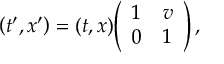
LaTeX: \left( t ^ { \prime } , x ^ { \prime } \right) = ( t , x ) { \left( \begin{array} { l l } { 1 } & { v } \\ { 0 } & { 1 } \end{array} \right) } \, ,